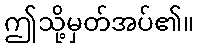
ဤသို့မှတ်အပ်၏။